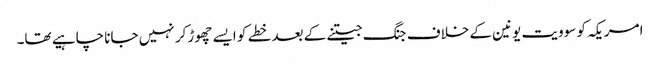
امریکہ کو سوویت یونین کے خلاف جنگ جیتنے کے بعد خطے کو ایسے چھوڑ کر نہیں جانا چاہیے تھا۔